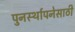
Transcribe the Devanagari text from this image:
पुनर्स्थापनेसाठी